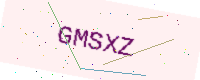
Text: GMSXZ